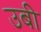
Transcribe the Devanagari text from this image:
उबी